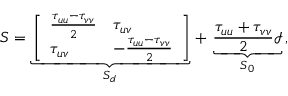
\ensuremath { \boldsymbol { S } } = \underbrace { \left[ \begin{array} { l l } { \frac { \tau _ { u u } - \tau _ { v v } } { 2 } } & { \tau _ { u v } } \\ { \tau _ { u v } } & { - \frac { \tau _ { u u } - \tau _ { v v } } { 2 } } \end{array} \right] } _ { \ensuremath { \boldsymbol { S } } _ { d } } \, + \, \underbrace { \frac { \tau _ { u u } + \tau _ { v v } } { 2 } \ensuremath { \boldsymbol { \mathcal { I } } } } _ { \ensuremath { \boldsymbol { S } } _ { 0 } } \, ,